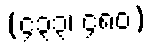
(၄၃၃၊ ၄၈၀)